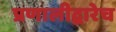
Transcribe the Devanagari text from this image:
प्रणालीद्वारेच